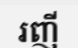
រញី